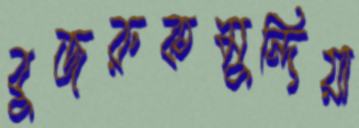
বুজরুকমুন্দিয়া